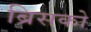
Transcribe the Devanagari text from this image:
ब्रिसको